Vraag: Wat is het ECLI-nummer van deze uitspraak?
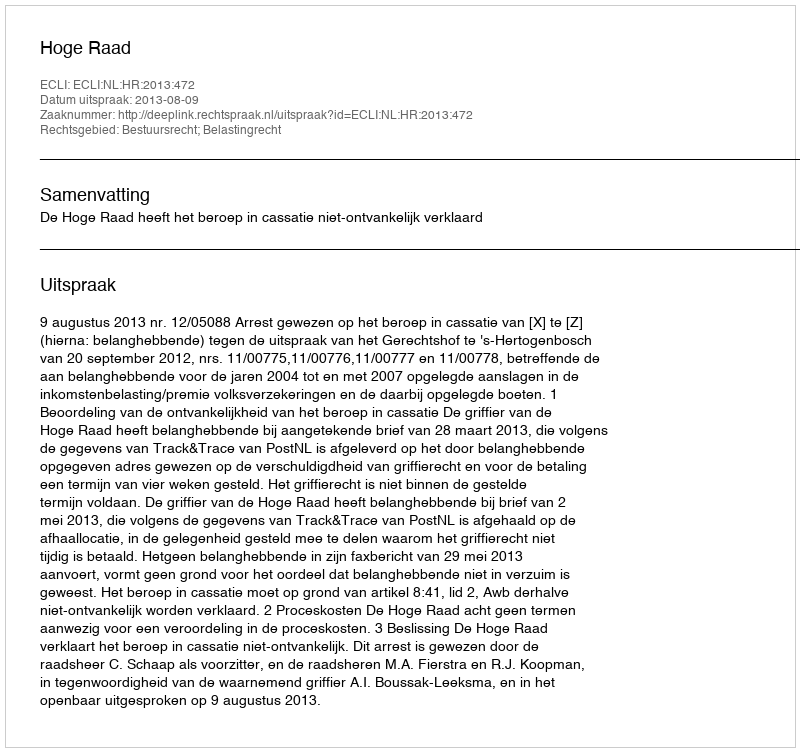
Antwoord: ECLI:NL:HR:2013:472